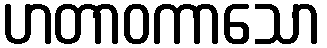
ဟတာဝကာသော